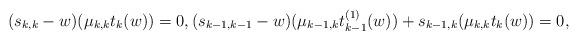
LaTeX: \begin{align*}(s_{k,k}-w)(\mu_{k,k}t_k(w))=0,(s_{k-1,k-1}-w)(\mu_{k-1,k}t^{(1)}_{k-1}(w))+s_{k-1,k}(\mu_{k,k}t_{k}(w))=0,\end{align*}